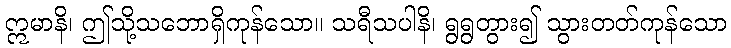
ဣမာနိ၊ ဤသို့သဘောရှိကုန်သော။ သရီသပါနိ၊ ရွရွတွား၍ သွားတတ်ကုန်သော